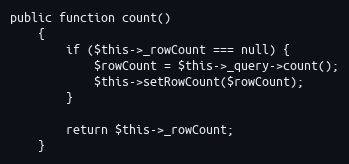
Language: PHP
public function count()
    {
        if ($this->_rowCount === null) {
            $rowCount = $this->_query->count();
            $this->setRowCount($rowCount);
        }

        return $this->_rowCount;
    }